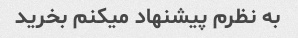
به نظرم پیشنهاد میکنم بخرید